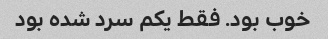
خوب بود. فقط یکم سرد شده بود